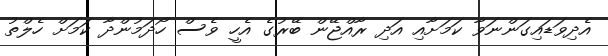
އެދިވަޑައިގަންނަވާ ކަމަށާއި އަދި ރާއްޖޭން ބޭރުގެ އެހީ ވެސް ހޯދަމުންދާ ކަމަށް ހެލްތު